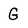
Character: G